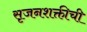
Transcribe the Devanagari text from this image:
सृजनशक्तीची